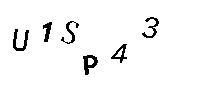
U1SP43